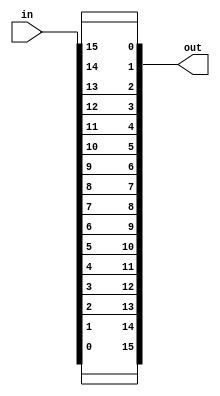
`default_nettype none
module reverser(
  input  wire [15:0] in,
  output wire [15:0] out
);

assign out[15] = in[0];
assign out[14] = in[1];
assign out[13] = in[2];
assign out[12] = in[3];
assign out[11] = in[4];
assign out[10] = in[5];
assign out[ 9] = in[6];
assign out[ 8] = in[7];
assign out[ 7] = in[8];
assign out[ 6] = in[9];
assign out[ 5] = in[10];
assign out[ 4] = in[11];
assign out[ 3] = in[12];
assign out[ 2] = in[13];
assign out[ 1] = in[14];
assign out[ 0] = in[15];

endmodule
`default_nettype wire